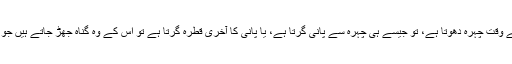
’’جب کوئی مومن یا مسلم وضو کرتے وقت چہرہ دھوتا ہے، تو جیسے ہی چہرہ سے پانی گرتا ہے، یا پانی کا آخری قطرہ گرتا ہے تو اس کے وہ گناہ جھڑ جاتے ہیں جو اس نے اپنی آنکھوں سے کیے تھے۔